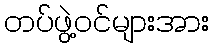
တပ်ဖွဲ့ဝင်များအား